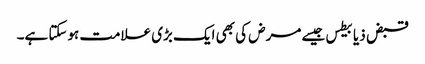
قبض ذیابیطس جیسے مرض کی بھی ایک بڑی علامت ہوسکتا ہے۔